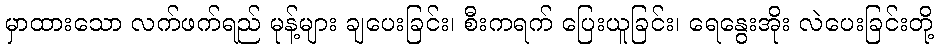
မှာထားသော လက်ဖက်ရည် မုန့်များ ချပေးခြင်း၊ စီးကရက် ပြေးယူခြင်း၊ ရေနွေးအိုး လဲပေးခြင်းတို့